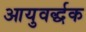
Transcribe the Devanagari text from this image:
आयुवर्द्धक